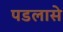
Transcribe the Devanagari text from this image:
पडलासे